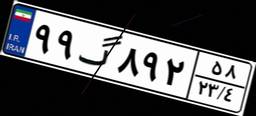
۶۸گ۸۱۰۵۶